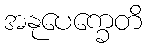
အနုပေက္ခေတိ